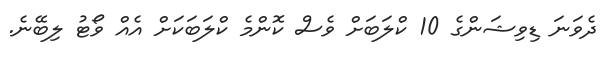
ދެވަނަ ޑިވިޝަންގެ 10 ކްލަބަށް ވެސް ކޮންމެ ކްލަބަކަށް އެއް ވޯޓު ލިބޭނެ.